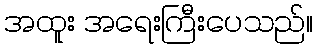
အထူး အရေးကြီးပေသည်။